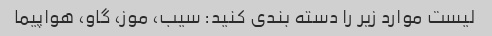
لیست موارد زیر را دسته بندی کنید: سیب، موز، گاو، هواپیما